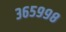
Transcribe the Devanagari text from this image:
३६५९९८